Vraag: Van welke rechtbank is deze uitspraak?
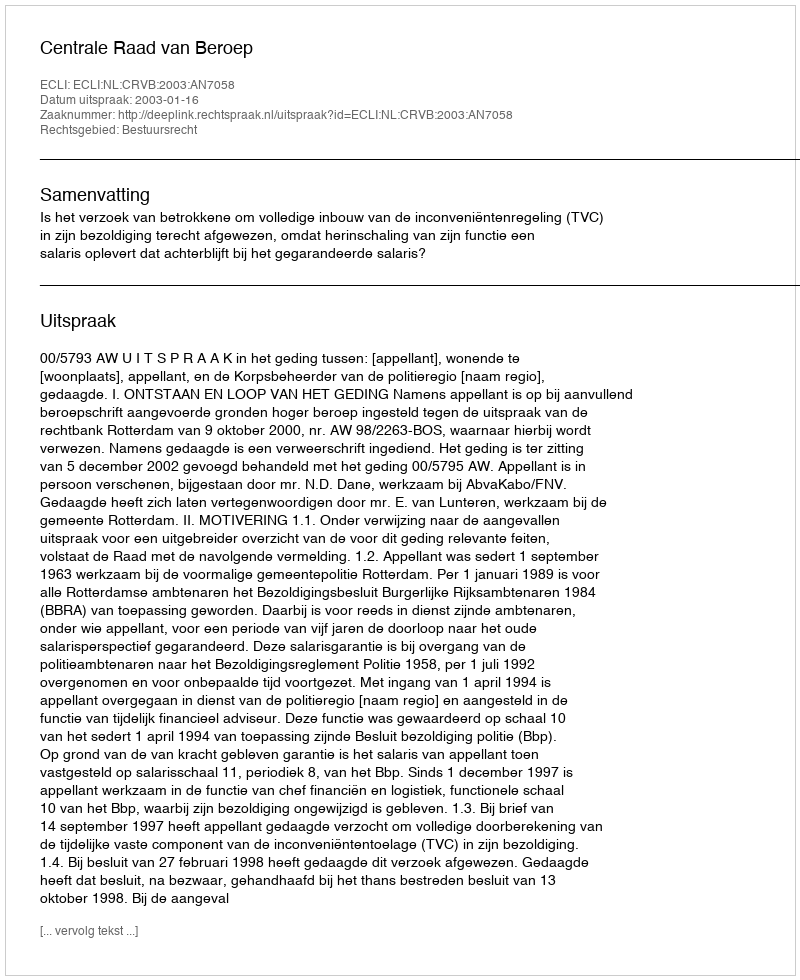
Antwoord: Centrale Raad van Beroep